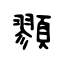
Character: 顟